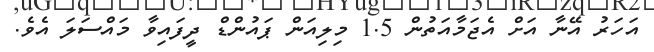
އަހަރު އޭނާ އަށް އެޖަމާއަތުން 1.5 މިލިއަން ޕައުންޑް ދީފައިވާ މައްސަލަ އެވެ.